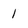
Character: 1